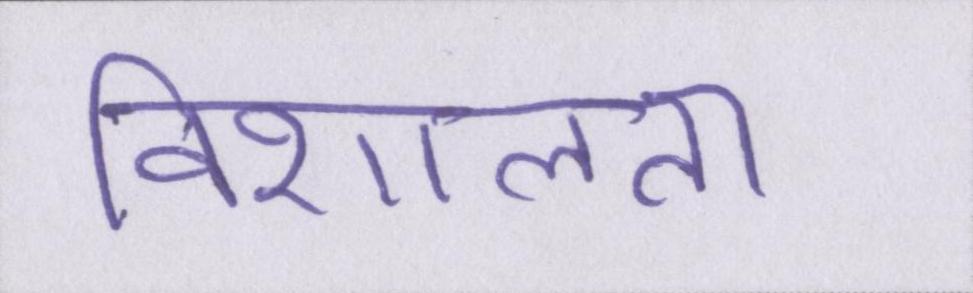
विशालता